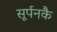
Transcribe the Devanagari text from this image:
सूर्पनकै